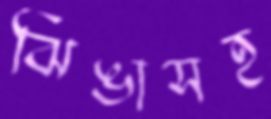
ঝিঙাসহ